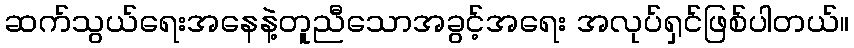
ဆက်သွယ်ရေးအနေနဲ့တူညီသောအခွင့်အရေး အလုပ်ရှင်ဖြစ်ပါတယ်။